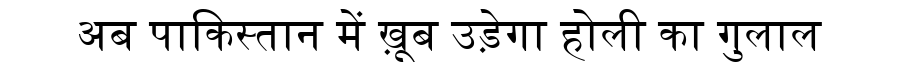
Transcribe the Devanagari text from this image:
अब पाकिस्तान में ख़ूब उड़ेगा होली का गुलाल